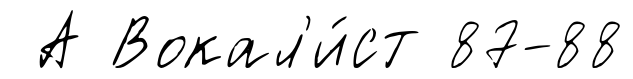
А Вокал'и́ст 87-88